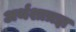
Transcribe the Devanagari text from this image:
अर्थशात्रज्ञ